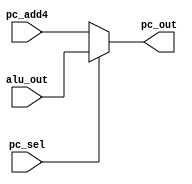
module PCmux (input [31:0] alu_out,
              input [31:0] pc_add4,
              input pc_sel,
              output [31:0] pc_out);
assign pc_out= (pc_sel==1)? alu_out:pc_add4;//chon vi tri cua o nho IMEM de thu thi cau lenh; chon tu ALUout hoac PC+4
endmodule